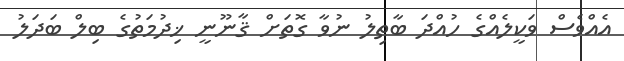
އެއްވެސް ވަކީލެއްގެ ހުއްދަ ބާޠިލު ނުވާ ގޮތަށް ޤާނޫނީ ޚިދުމަތުގެ ބިލް ބަދަލު